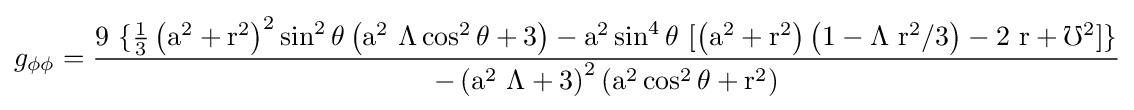
g_{\rm {\phi \phi }}={\rm {\frac {9\ \{{\frac {1}{3}}\left(a^{2}+r^{2}\right)^{2}\sin ^{2}\theta \left(a^{2}\ \Lambda \cos ^{2}\theta +3\right)-a^{2}\sin ^{4}\theta \ [\left(a^{2}+r^{2}\right)\left(1-\Lambda \ r^{2}/3\right)-2\ r+\mho ^{2}]\}}{-\left(a^{2}\ \Lambda +3\right)^{2}\left(a^{2}\cos ^{2}\theta +r^{2}\right)}}}